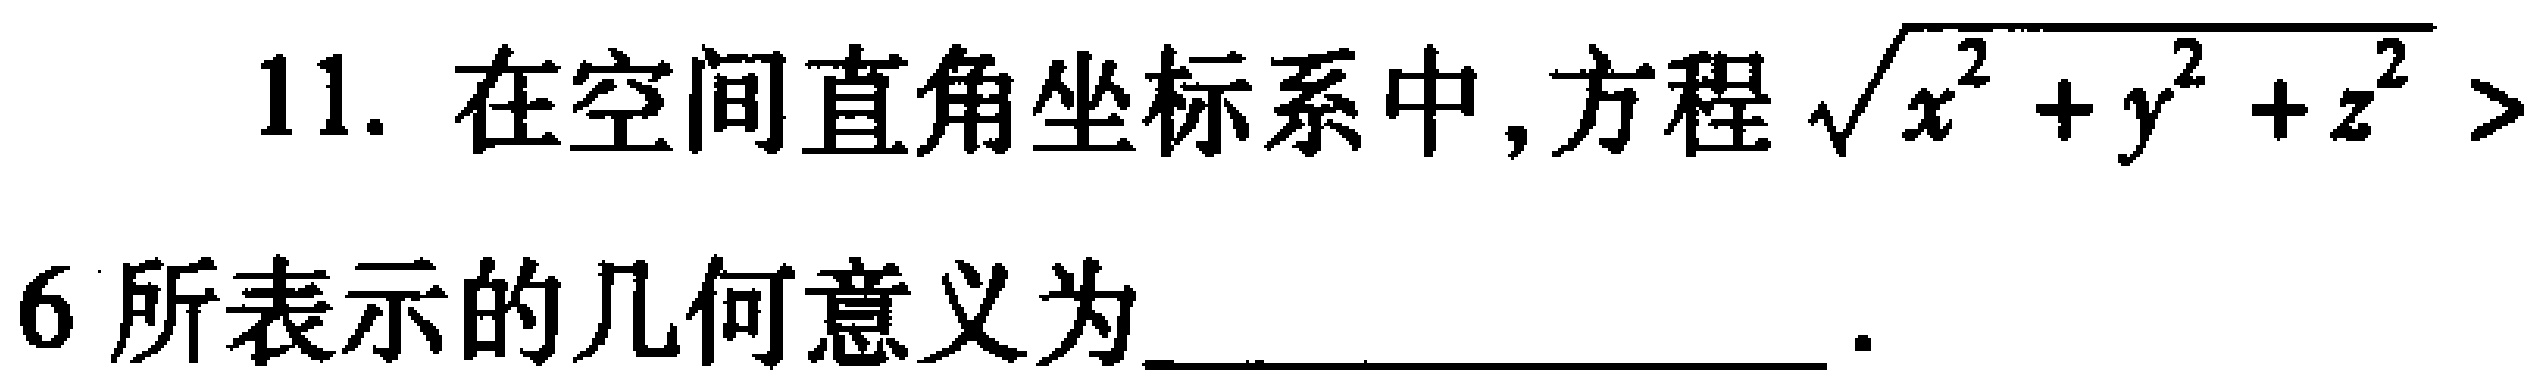
11. 在空间直角坐标系中,方程$\sqrt{x^{2}+y^{2}+z^{2}} > 6$所表示的几何意义为____________________.